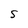
Character: S